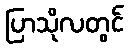
ပြာသိုလတွင်